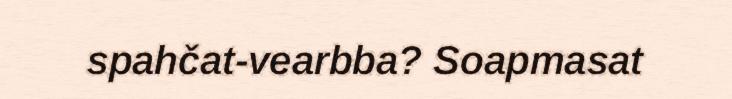
spahčat-vearbba? Soapmasat